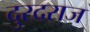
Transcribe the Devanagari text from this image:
दुरदराज